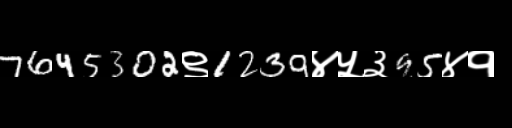
Text: 7645302९1239४५३95४१